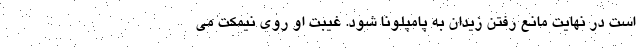
است در نهایت مانع رفتن زیدان به پامپلونا شود. غیبت او روی نیمکت می